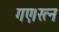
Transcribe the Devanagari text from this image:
गए।रत्न